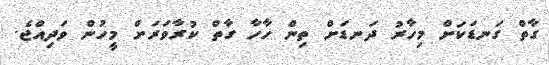
ގާތް ގަނޑަކަށް މިހާރު ދަނޑަށް ތިން ހާހާ ގާތް ކުރާވަރަށް މީހުން ވަދިއްޖެ.